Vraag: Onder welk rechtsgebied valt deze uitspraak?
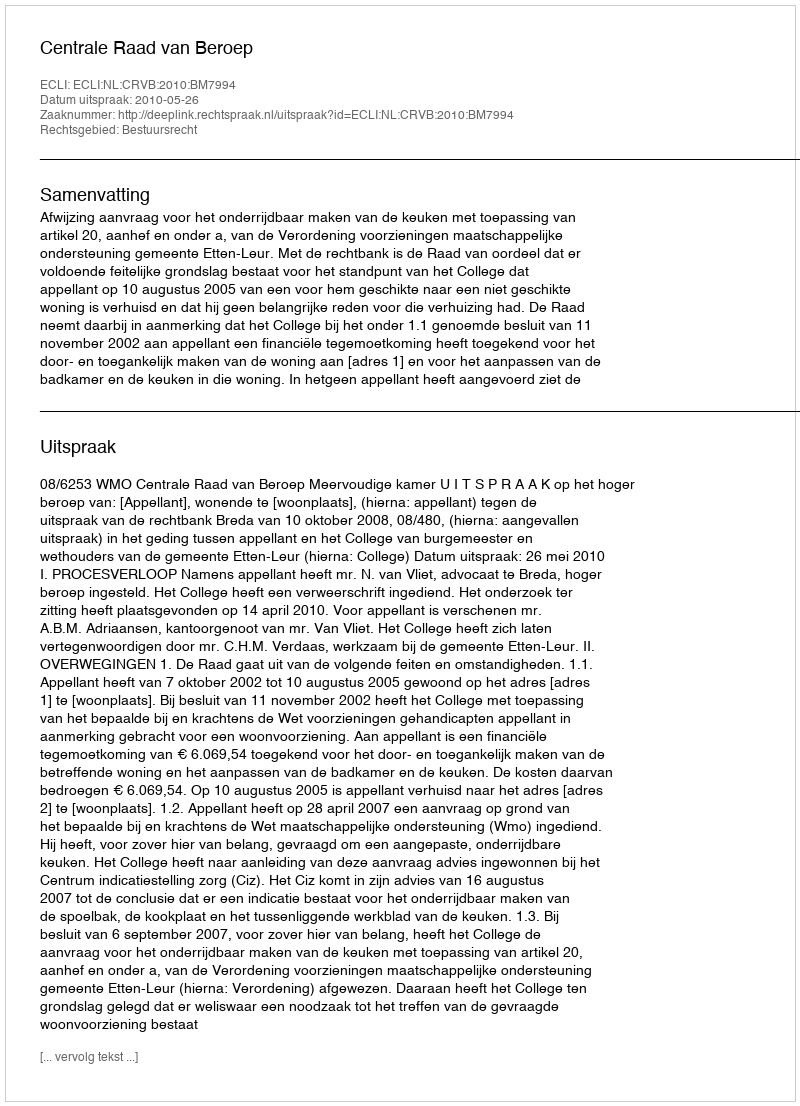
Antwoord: Bestuursrecht